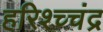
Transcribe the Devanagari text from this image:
हरिश्च्चंद्र